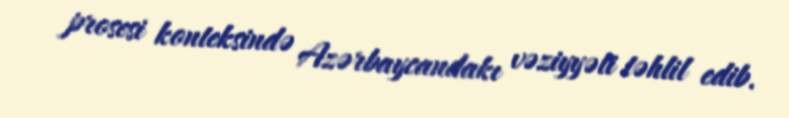
prosesi konteksində Azərbaycandakı vəziyyəti təhlil edib.